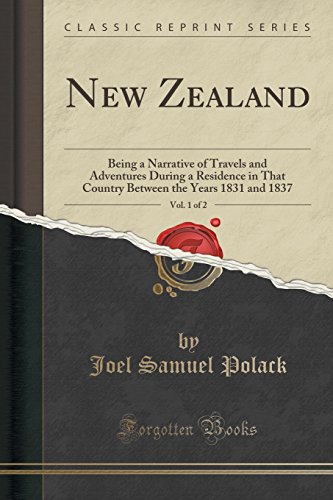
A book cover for New Zealand, Vol. 1 of 2: Being a Narrative of Travels and Adventures During a Residence in That Country Between the Years 1831 and 1837 (Classic Reprint); Joel Samuel Polack; Travel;